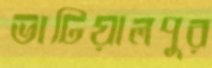
ভাটিয়ালপুর